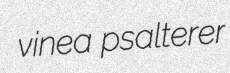
vinea psalterer